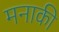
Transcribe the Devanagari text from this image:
मनाकी